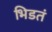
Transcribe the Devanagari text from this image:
भिडतं